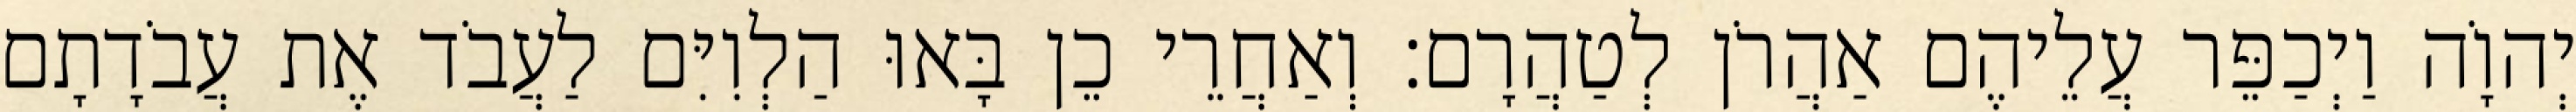
יְהוָֹה וַיְכַפֵּר עֲלֵיהֶם אַהֲרֹן לְטַהֲרָם׃ וְאַחֲרֵי כֵן בָּאוּ הַלְוִיִּם לַעֲבֹד אֶת עֲבֹדָתָם